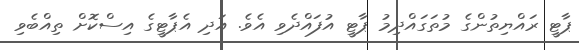
ޕާޓީ ރައްޔިތުންގެ މުތަގައްދިމު ޕާޓީ އުފައްދެވި އެވެ. އަދި އެޕާޓީގެ އިސްކޮށް ތިއްބެވި